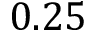
0 . 2 5